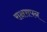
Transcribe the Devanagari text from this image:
राक्षसपन